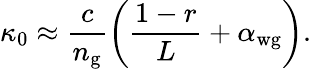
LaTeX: \kappa_{0}\approx\frac{c}{n_{\mathrm{g}}}\left(\frac{1-r}{L}+\alpha_{\mathrm{wg}}\right).